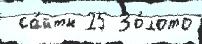
 са́йты 25 Зо́лото